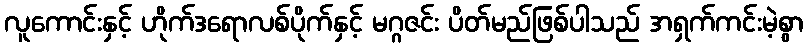
လူကောင်းနှင့် ဟိုက်ဒရောလစ်ပိုက်နှင့် မဂ္ဂဇင်း ပိတ်မည်ဖြစ်ပါသည် အရှက်ကင်းမဲ့စွာ